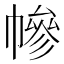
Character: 幓